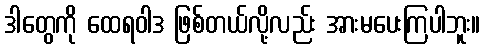
ဒါတွေကို ထေရဝါဒ ဖြစ်တယ်လို့လည်း အားမပေးကြပါဘူး။